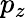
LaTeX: p_{z}